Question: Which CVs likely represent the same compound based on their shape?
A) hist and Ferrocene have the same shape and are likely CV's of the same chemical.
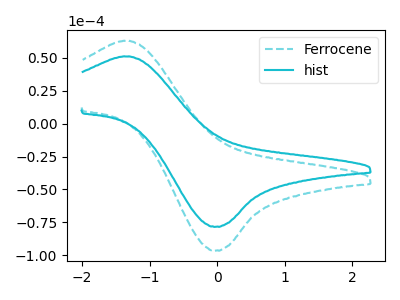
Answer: <think>The cyan dashed curve "Ferrocene" has an anodic peak at (-1.35V, 62.90uA) and a cathodic peak at (0.00V, -96.40uA). The cyan curve "hist" has an anodic peak at (-1.35V, 51.10uA) and a cathodic peak at (0.00V, -78.30uA).
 All the peaks in "Ferrocene" have a peak in "hist" at the same potential. Every peak in "Ferrocene" is higher than every peak in "hist".</think>
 <answer>A) "hist" and "Ferrocene" have the same shape and are likely CV's of the same chemical.</answer>
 <eval>A</eval>